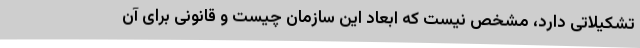
تشکیلاتی دارد، مشخص نیست که ابعاد این سازمان چیست و قانونی برای آن